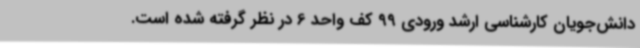
دانش‌جویان کارشناسی ارشد ورودی 99 کف واحد 6 در نظر گرفته شده است.